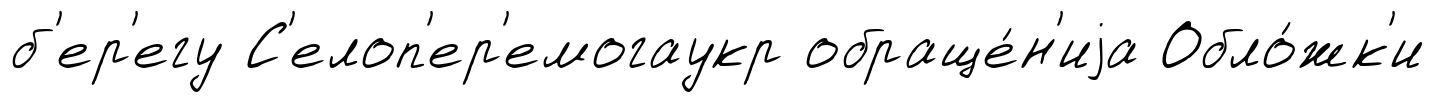
б'ер'егу С'елоп'ер'емогаукр обраще́н'иjа Обло́жк'и